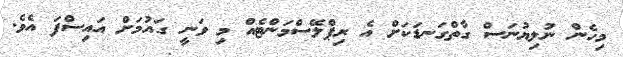
މިހެން ނުލިޔުނަސް ގާތްގަނޑަކަށް އެ ރިޕްލޭސްމަންޓެއް މި ވަނީ ގައުމަށް އައިސްފަ އެވެ.